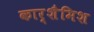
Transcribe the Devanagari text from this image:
कार्शैमिश